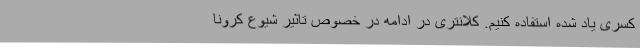
کسری یاد شده استفاده کنیم. کلانتری در ادامه در خصوص تاثیر شیوع کرونا